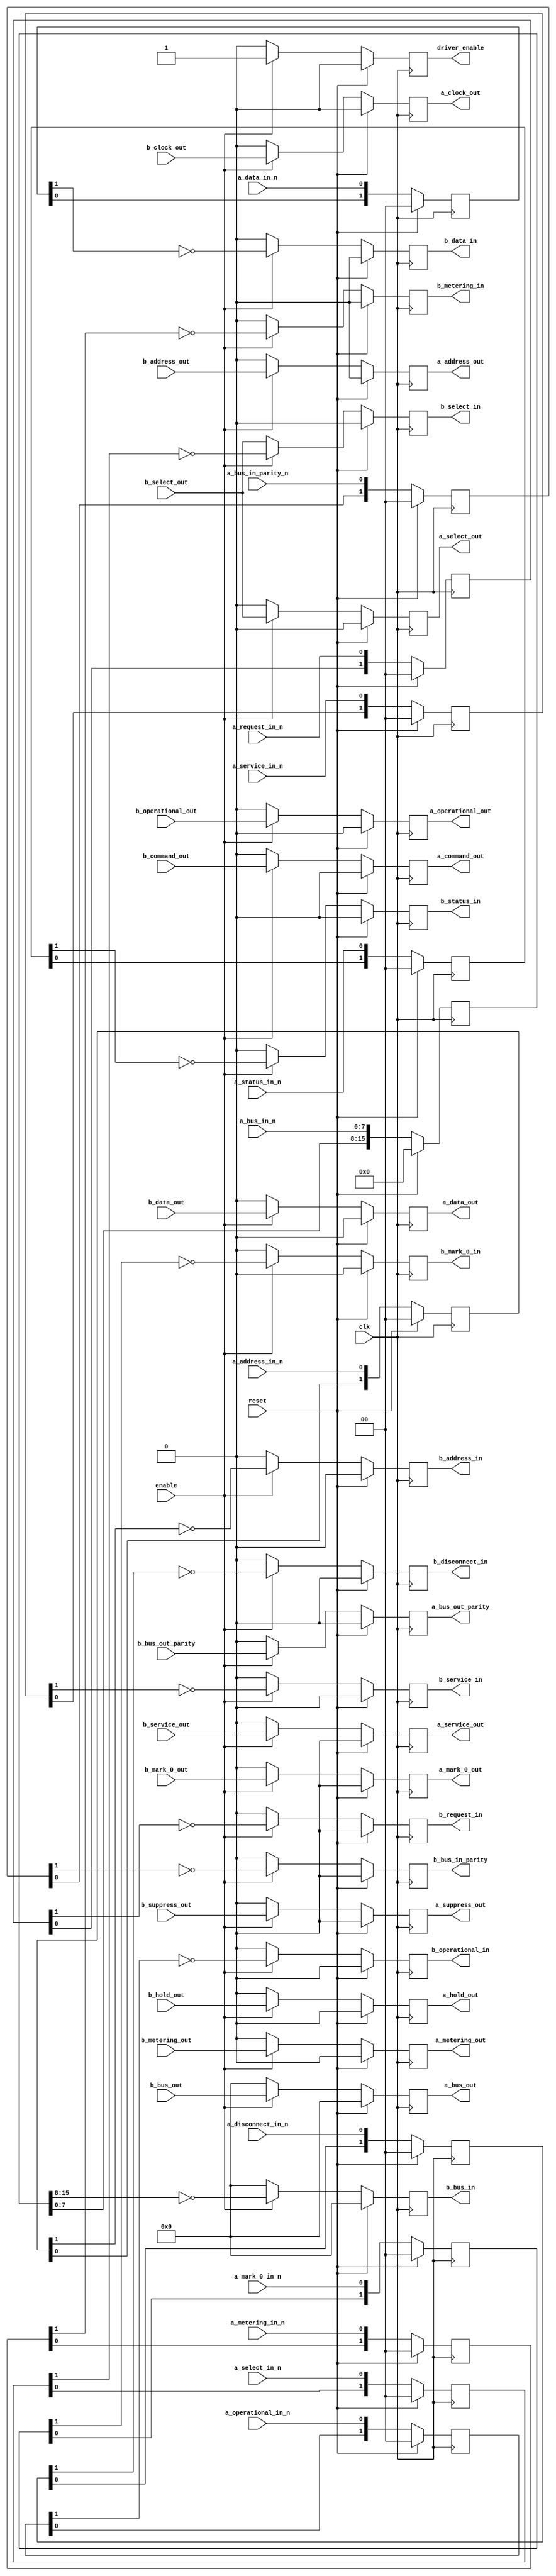
`default_nettype none

module frontend_a (
    input wire clk,
    input wire reset,
    input wire enable,

    // Parallel Channel "B"...
    output reg [7:0] b_bus_in,
    output reg b_bus_in_parity,
    input wire [7:0] b_bus_out,
    input wire b_bus_out_parity,
    output reg b_mark_0_in,
    input wire b_mark_0_out,

    input wire b_operational_out,
    output reg b_request_in,
    input wire b_hold_out,
    input wire b_select_out,
    output reg b_select_in,
    input wire b_address_out,
    output reg b_operational_in,
    output reg b_address_in,
    input wire b_command_out,
    output reg b_status_in,
    output reg b_service_in,
    input wire b_service_out,
    input wire b_suppress_out,
    output reg b_data_in,
    input wire b_data_out,
    output reg b_disconnect_in,
    output reg b_metering_in,
    input wire b_metering_out,
    input wire b_clock_out,

    // Parallel Channel "A"...
    input wire [7:0] a_bus_in_n,
    input wire a_bus_in_parity_n,
    output reg [7:0] a_bus_out,
    output reg a_bus_out_parity,
    input wire a_mark_0_in_n,
    output reg a_mark_0_out,

    output reg a_operational_out,
    input wire a_request_in_n,
    output reg a_hold_out,
    output reg a_select_out,
    input wire a_select_in_n,
    output reg a_address_out,
    input wire a_operational_in_n,
    input wire a_address_in_n,
    output reg a_command_out,
    input wire a_status_in_n,
    input wire a_service_in_n,
    output reg a_service_out,
    output reg a_suppress_out,
    input wire a_data_in_n,
    output reg a_data_out,
    input wire a_disconnect_in_n,
    input wire a_metering_in_n,
    output reg a_metering_out,
    output reg a_clock_out,

    output reg driver_enable
);
    reg [15:0] bus_in_n_d;
    reg [1:0] bus_in_parity_n_d;
    reg [1:0] mark_0_in_n_d;
    reg [1:0] request_in_n_d;
    reg [1:0] select_in_n_d;
    reg [1:0] operational_in_n_d;
    reg [1:0] address_in_n_d;
    reg [1:0] status_in_n_d;
    reg [1:0] service_in_n_d;
    reg [1:0] data_in_n_d;
    reg [1:0] disconnect_in_n_d;
    reg [1:0] metering_in_n_d;

    always @(posedge clk)
    begin
        // 2FF synchronizer...
        bus_in_n_d <= { bus_in_n_d[7:0], a_bus_in_n };
        bus_in_parity_n_d <= { bus_in_parity_n_d[0], a_bus_in_parity_n };
        mark_0_in_n_d <= { mark_0_in_n_d[0], a_mark_0_in_n };
        request_in_n_d <= { request_in_n_d[0], a_request_in_n };
        select_in_n_d <= { select_in_n_d[0], a_select_in_n };
        operational_in_n_d <= { operational_in_n_d[0], a_operational_in_n };
        address_in_n_d <= { address_in_n_d[0], a_address_in_n };
        status_in_n_d <= { status_in_n_d[0], a_status_in_n };
        service_in_n_d <= { service_in_n_d[0], a_service_in_n };
        data_in_n_d <= { data_in_n_d[0], a_data_in_n };
        disconnect_in_n_d <= { disconnect_in_n_d[0], a_disconnect_in_n };
        metering_in_n_d <= { metering_in_n_d[0], a_metering_in_n };

        if (reset)
        begin
            bus_in_n_d <= 16'b0;
            bus_in_parity_n_d <= 2'b0;
            mark_0_in_n_d <= 2'b0;
            request_in_n_d <= 2'b0;
            select_in_n_d <= 2'b0;
            operational_in_n_d <= 2'b0;
            address_in_n_d <= 2'b0;
            status_in_n_d <= 2'b0;
            service_in_n_d <= 2'b0;
            data_in_n_d <= 2'b0;
            disconnect_in_n_d <= 2'b0;
            metering_in_n_d <= 2'b0;
        end
    end

    always @(posedge clk)
    begin
        if (enable)
        begin
            b_bus_in <= ~bus_in_n_d[15:8];
            b_bus_in_parity <= ~bus_in_parity_n_d[1];
            b_mark_0_in <= ~mark_0_in_n_d[1];
            b_request_in <= ~request_in_n_d[1];
            b_select_in <= ~select_in_n_d[1];
            b_operational_in <= ~operational_in_n_d[1];
            b_address_in <= ~address_in_n_d[1];
            b_status_in <= ~status_in_n_d[1];
            b_service_in <= ~service_in_n_d[1];
            b_data_in <= ~data_in_n_d[1];
            b_disconnect_in <= ~disconnect_in_n_d[1];
            b_metering_in <= ~metering_in_n_d[1];
        end
        else
        begin
            b_bus_in <= 8'b0;
            b_bus_in_parity <= 1'b0;
            b_mark_0_in <= 1'b0;
            b_request_in <= 1'b0;
            b_select_in <= b_select_out;
            b_operational_in <= 1'b0;
            b_address_in <= 1'b0;
            b_status_in <= 1'b0;
            b_service_in <= 1'b0;
            b_data_in <= 1'b0;
            b_disconnect_in <= 1'b0;
            b_metering_in <= 1'b0;
        end

        if (reset)
        begin
            b_bus_in <= 8'b0;
            b_bus_in_parity <= 1'b0;
            b_mark_0_in <= 1'b0;
            b_request_in <= 1'b0;
            b_select_in <= 1'b0;
            b_operational_in <= 1'b0;
            b_address_in <= 1'b0;
            b_status_in <= 1'b0;
            b_service_in <= 1'b0;
            b_data_in <= 1'b0;
            b_disconnect_in <= 1'b0;
            b_metering_in <= 1'b0;
        end
    end

    always @(posedge clk)
    begin
        if (enable)
        begin
            a_bus_out <= b_bus_out;
            a_bus_out_parity <= b_bus_out_parity;
            a_mark_0_out <= b_mark_0_out;
            a_operational_out <= b_operational_out;
            a_hold_out <= b_hold_out;
            a_select_out <= b_select_out;
            a_address_out <= b_address_out;
            a_command_out <= b_command_out;
            a_service_out <= b_service_out;
            a_suppress_out <= b_suppress_out;
            a_data_out <= b_data_out;
            a_metering_out <= b_metering_out;
            a_clock_out <= b_clock_out;

            // Enabling drivers causes a negligible current draw increase.
            driver_enable <= 1'b1;
        end
        else
        begin
            a_bus_out <= 8'b0;
            a_bus_out_parity <= 1'b0;
            a_mark_0_out <= 1'b0;
            a_operational_out <= 1'b0;
            a_hold_out <= 1'b0;
            a_select_out <= 1'b0;
            a_address_out <= 1'b0;
            a_command_out <= 1'b0;
            a_service_out <= 1'b0;
            a_suppress_out <= 1'b0;
            a_data_out <= 1'b0;
            a_metering_out <= 1'b0;
            a_clock_out <= 1'b0;

            driver_enable <= 1'b0;
        end

        if (reset)
        begin
            a_bus_out <= 8'b0;
            a_bus_out_parity <= 1'b0;
            a_mark_0_out <= 1'b0;
            a_operational_out <= 1'b0;
            a_hold_out <= 1'b0;
            a_select_out <= 1'b0;
            a_address_out <= 1'b0;
            a_command_out <= 1'b0;
            a_service_out <= 1'b0;
            a_suppress_out <= 1'b0;
            a_data_out <= 1'b0;
            a_metering_out <= 1'b0;
            a_clock_out <= 1'b0;

            driver_enable <= 1'b0;
        end
    end
endmodule